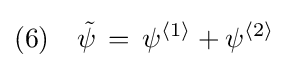
(6)\quad {\tilde {\psi }}\,=\,\psi ^{\langle 1\rangle }+\psi ^{\langle 2\rangle }